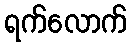
ရက်လောက်